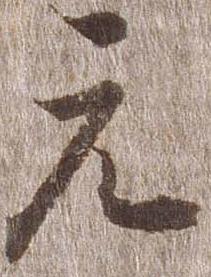
元